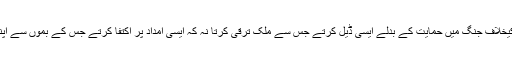
ان سے دہشت گردی کیخلاف جنگ میں حمایت کے بدلے ایسی ڈیل کرتے جس سے ملک ترقی کرتا نہ کہ ایسی امداد پر اکتفا کرتے جس کے بموں سے اپنے ہی ہلاک ہوں گے۔